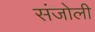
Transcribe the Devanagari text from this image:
संजोली